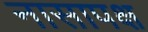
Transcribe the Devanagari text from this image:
नासापक्ष